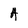
Character: A